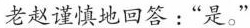
老赵谨慎地回答：“是。”